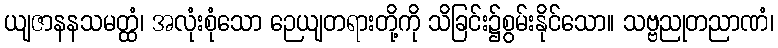
ယျဇာနနသမတ္ထံ၊ အလုံးစုံသော ဉေယျတရားတို့ကို သိခြင်း၌စွမ်းနိုင်သော။ သဗ္ဗညုတညာဏံ၊